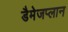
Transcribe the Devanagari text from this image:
डैमेजप्लान